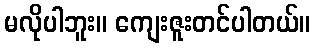
မလိုပါဘူး။ ကျေးဇူးတင်ပါတယ်။